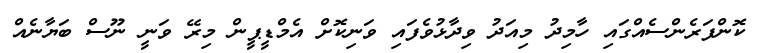
ކޮންފަރެންސެއްގައި ހާމިދު މިއަދު ވިދާޅުވެފައި ވަނިކޮށް އެމްޑީޕީން މިރޭ ވަނީ ނޫސް ބަޔާނެއް